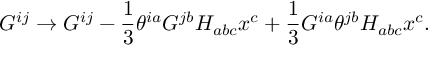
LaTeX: G ^ { i j } \to G ^ { i j } - { \frac { 1 } { 3 } } \theta ^ { i a } G ^ { j b } H _ { a b c } x ^ { c } + { \frac { 1 } { 3 } } G ^ { i a } \theta ^ { j b } H _ { a b c } x ^ { c } .